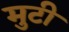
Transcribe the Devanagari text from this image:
मुटी